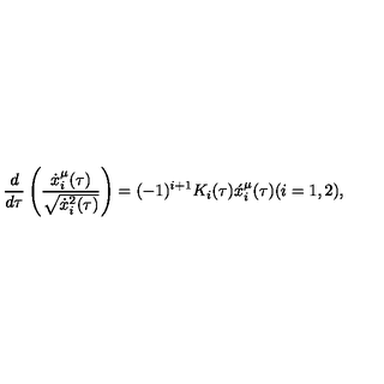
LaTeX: \frac { d } { d \tau } \left( \frac { \dot { x } _ { i } ^ { \mu } ( \tau ) } { \sqrt { \dot { x } _ { i } ^ { 2 } ( \tau ) } } \right) = ( - 1 ) ^ { i + 1 } K _ { i } ( \tau ) \acute { x } _ { i } ^ { \mu } ( \tau ) ( i = 1 , 2 ) ,